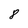
Character: 8